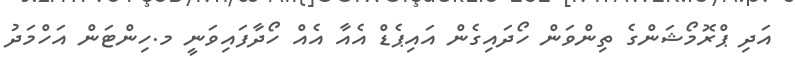
އަދި ޕްރޮމޯޝަންގެ ތިންވަން ހޯދައިގެން އައިޕެޑް އެއާ އެއް ހޯދާފައިވަނީ މ.ހިންޓަން އަހްމަދު